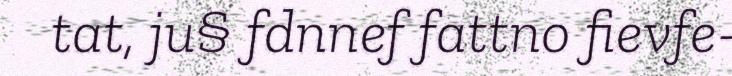
tat, ju§ fdnnef fattno fievfe-